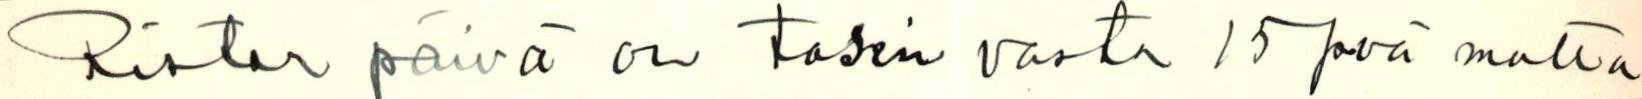
Riston päivä on tosin vasta 15 pvä mutta